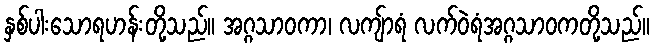
နှစ်ပါးသောရဟန်းတို့သည်။ အဂ္ဂသာဝကာ၊ လကျ်ာရံ လက်ဝဲရံအဂ္ဂသာဝကတို့သည်။